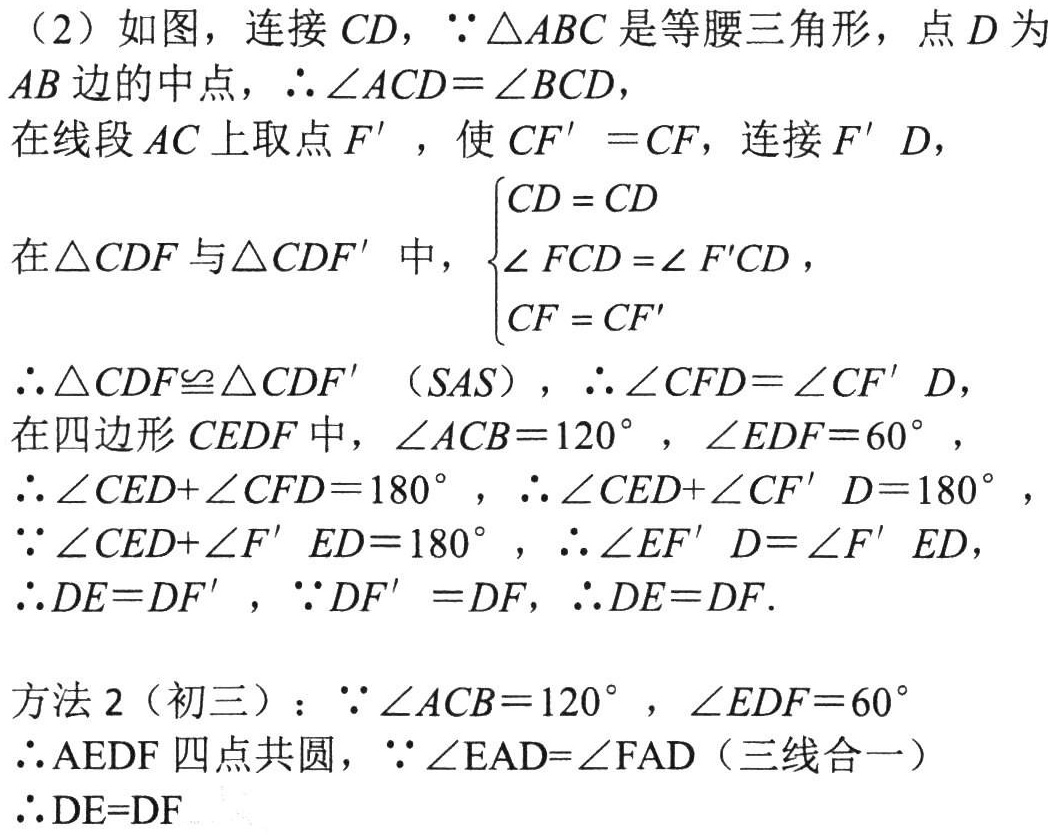
（2）如图，连接 \(CD\)，\(\because\triangle ABC\) 是等腰三角形，点 \(D\) 为 \(AB\) 边的中点，\(\therefore\angle ACD = \angle BCD\)，

在线段 \(AC\) 上取点 \(F'\) ，使 \(CF' = CF\)，连接 \(F'D\)，

在 \(\triangle CDF\) 与 \(\triangle CDF'\) 中，\(\begin{cases}CD = CD\\\angle FCD=\angle F'CD\\CF = CF'\end{cases}\)，

\(\therefore\triangle CDF\cong\triangle CDF'\)（\(SAS\)），\(\therefore\angle CFD=\angle CF'D\)，

在四边形 \(CEDF\) 中，\(\angle ACB = 120^{\circ}\)，\(\angle EDF = 60^{\circ}\)，

\(\therefore\angle CED+\angle CFD = 180^{\circ}\)，\(\therefore\angle CED+\angle CF'D = 180^{\circ}\)，

\(\because\angle CED+\angle F'ED = 180^{\circ}\)，\(\therefore\angle EF'D=\angle F'ED\)，

\(\therefore DE = DF'\)，\(\because DF' = DF\)，\(\therefore DE = DF\).

方法2（初三）：\(\because\angle ACB = 120^{\circ}\)，\(\angle EDF = 60^{\circ}\)

\(\therefore AEDF\) 四点共圆，\(\because\angle EAD=\angle FAD\)（三线合一）

\(\therefore DE = DF\)